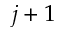
j + 1